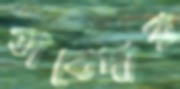
তাবেদার